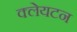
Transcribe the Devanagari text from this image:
क्लेयटन